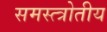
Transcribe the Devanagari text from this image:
समस्त्त्रोतीय